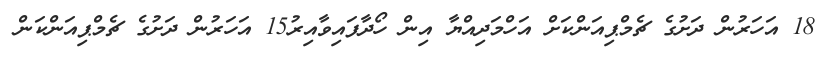
18 އަހަރުން ދަށުގެ ޗެމްޕިއަންކަށް އަހްމަދިއްޔާ އިން ހޯދާފައިވާއިރު15 އަހަރުން ދަށުގެ ޗެމްޕިއަންކަން